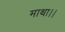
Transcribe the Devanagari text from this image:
माथा।।